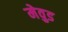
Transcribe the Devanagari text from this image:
मेवुड